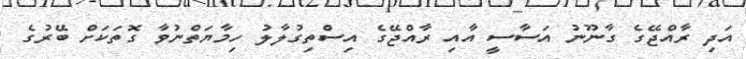
އަދި ރާއްޖޭގެ ގާނޫނު އަސާސީ އާއި ރާއްޖޭގެ އިސްތިގުލާލު ހިމާޔަތްނުވާ ގޮތަކަށް ބޭރުގެ